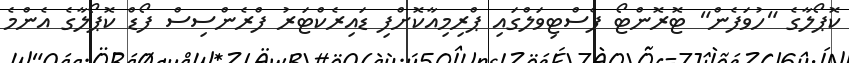
ކޮޕޯލާގެ "ހުވަފެން" ޓޮރޮންޓޯ ފެސްޓިވަލްގައި ޕްރިމިއާކޮށްފި ޑައިރެކްޓަރު ފްރެންސިސް ފޯޑް ކޮޕޯލާގެ އެންމެ